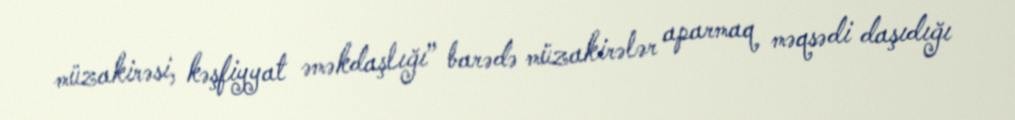
müzakirəsi, kəşfiyyat əməkdaşlığı” barədə müzakirələr aparmaq məqsədi daşıdığı